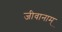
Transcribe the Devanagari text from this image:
जीवानाम्‌